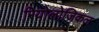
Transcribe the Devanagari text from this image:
रियोलोजिकल